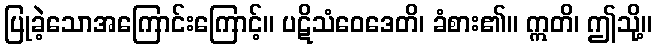
ပြုခဲ့သောအကြောင်းကြောင့်။ ပဋိသံဝေဒေတိ၊ ခံစား၏။ ဣတိ၊ ဤသို့။